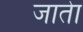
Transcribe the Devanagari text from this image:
जातेा